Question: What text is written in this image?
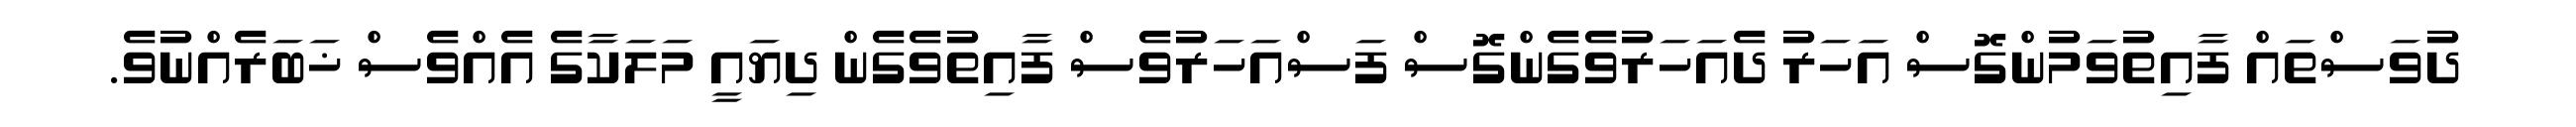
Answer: ދުވަސްތައް ފާއިތުވަމުންގޮސް އަހަރު ދެއަހަރުވެގެންގޮސް ފަސްއަހަރުވެސް ފާއިތުވެގެން ދިޔައީ މަލަކާގެ އެއްވެސް ޚަބަރެއްނުވެ.